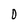
Character: D